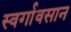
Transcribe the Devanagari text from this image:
स्वर्गावसान